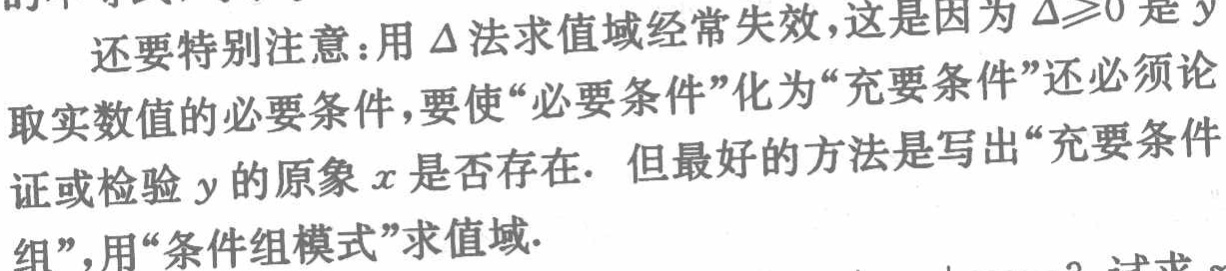
还要特别注意：用\(\Delta\)法求值域经常失效，这是因为\(\Delta\geqslant0\)是\(y\)取实数值的必要条件，要使“必要条件”化为“充要条件”还必须论证或检验\(y\)的原象\(x\)是否存在. 但最好的方法是写出“充要条件组”，用“条件组模式”求值域.